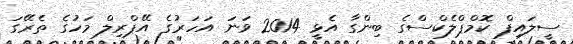
ސީލައިފް ކޮމްޕްލެކްސްގެ ބިންގާ އެޅީ 2014 ވަނަ އަހަރުގެ އޭޕްރިލް މަހުގެ ތެރޭގަ